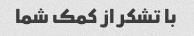
با تشکر از کمک شما